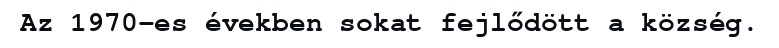
Az 1970-es években sokat fejlődött a község.